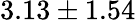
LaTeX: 3.13\pm 1.54